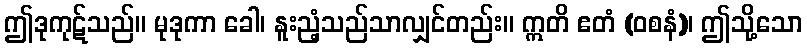
ဤဒုကုဋ်သည်။ မုဒုကာ ခေါ၊ နူးညံ့သည်သာလျှင်တည်း။ ဣတိ ဧတံ (ဝစနံ)၊ ဤသို့သော